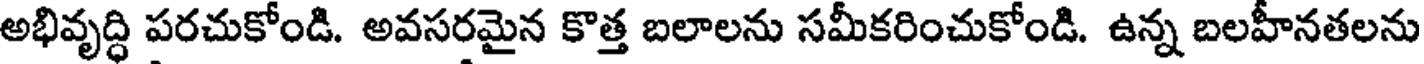
అభివృద్ధి పరచుకోండి. అవసరమైన కొత్త బలాలను సమీకరించుకోండి. ఉన్న బలహీనతలను